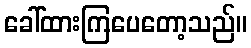
ခေါ်ထားကြပေတော့သည်။